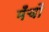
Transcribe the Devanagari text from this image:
मँचों